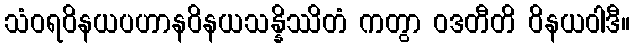
သံဝရဝိနယပဟာနဝိနယသန္နိဿိတံ ကတွာ ဝဒတီတိ ဝိနယဝါဒီ။